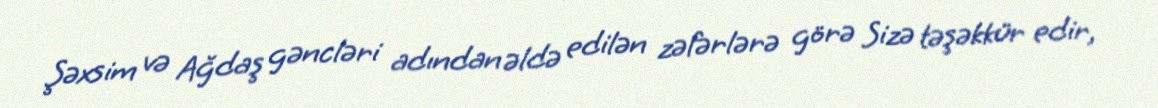
Şəxsim və Ağdaş gəncləri adından əldə edilən zəfərlərə görə Sizə təşəkkür edir,